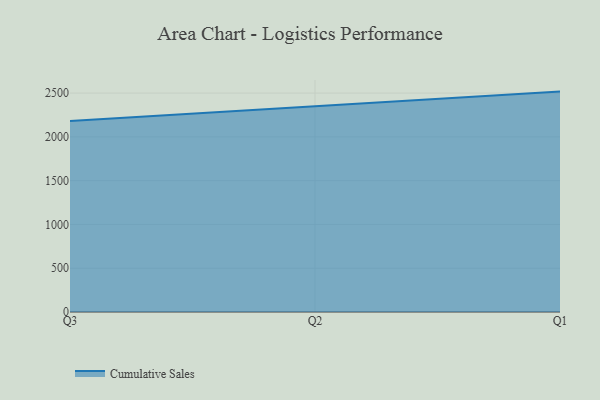
{"axis": {"x": "Quarter", "y": "Production Output"}, "legend": ["Cumulative Sales"], "data": [{"x": "Q3", "y": 2181.0, "type": "Cumulative Sales"}, {"x": "Q2", "y": 2348.6, "type": "Cumulative Sales"}, {"x": "Q1", "y": 2516.9, "type": "Cumulative Sales"}]}